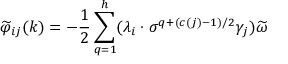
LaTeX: \widetilde { \varphi } _ { i j } ( k ) = - \frac { 1 } { 2 } \sum _ { q = 1 } ^ { h } ( \lambda _ { i } \cdot \sigma ^ { q + ( c ( j ) - 1 ) / 2 } \gamma _ { j } ) \widetilde { \omega }